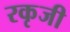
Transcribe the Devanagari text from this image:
रकृजी